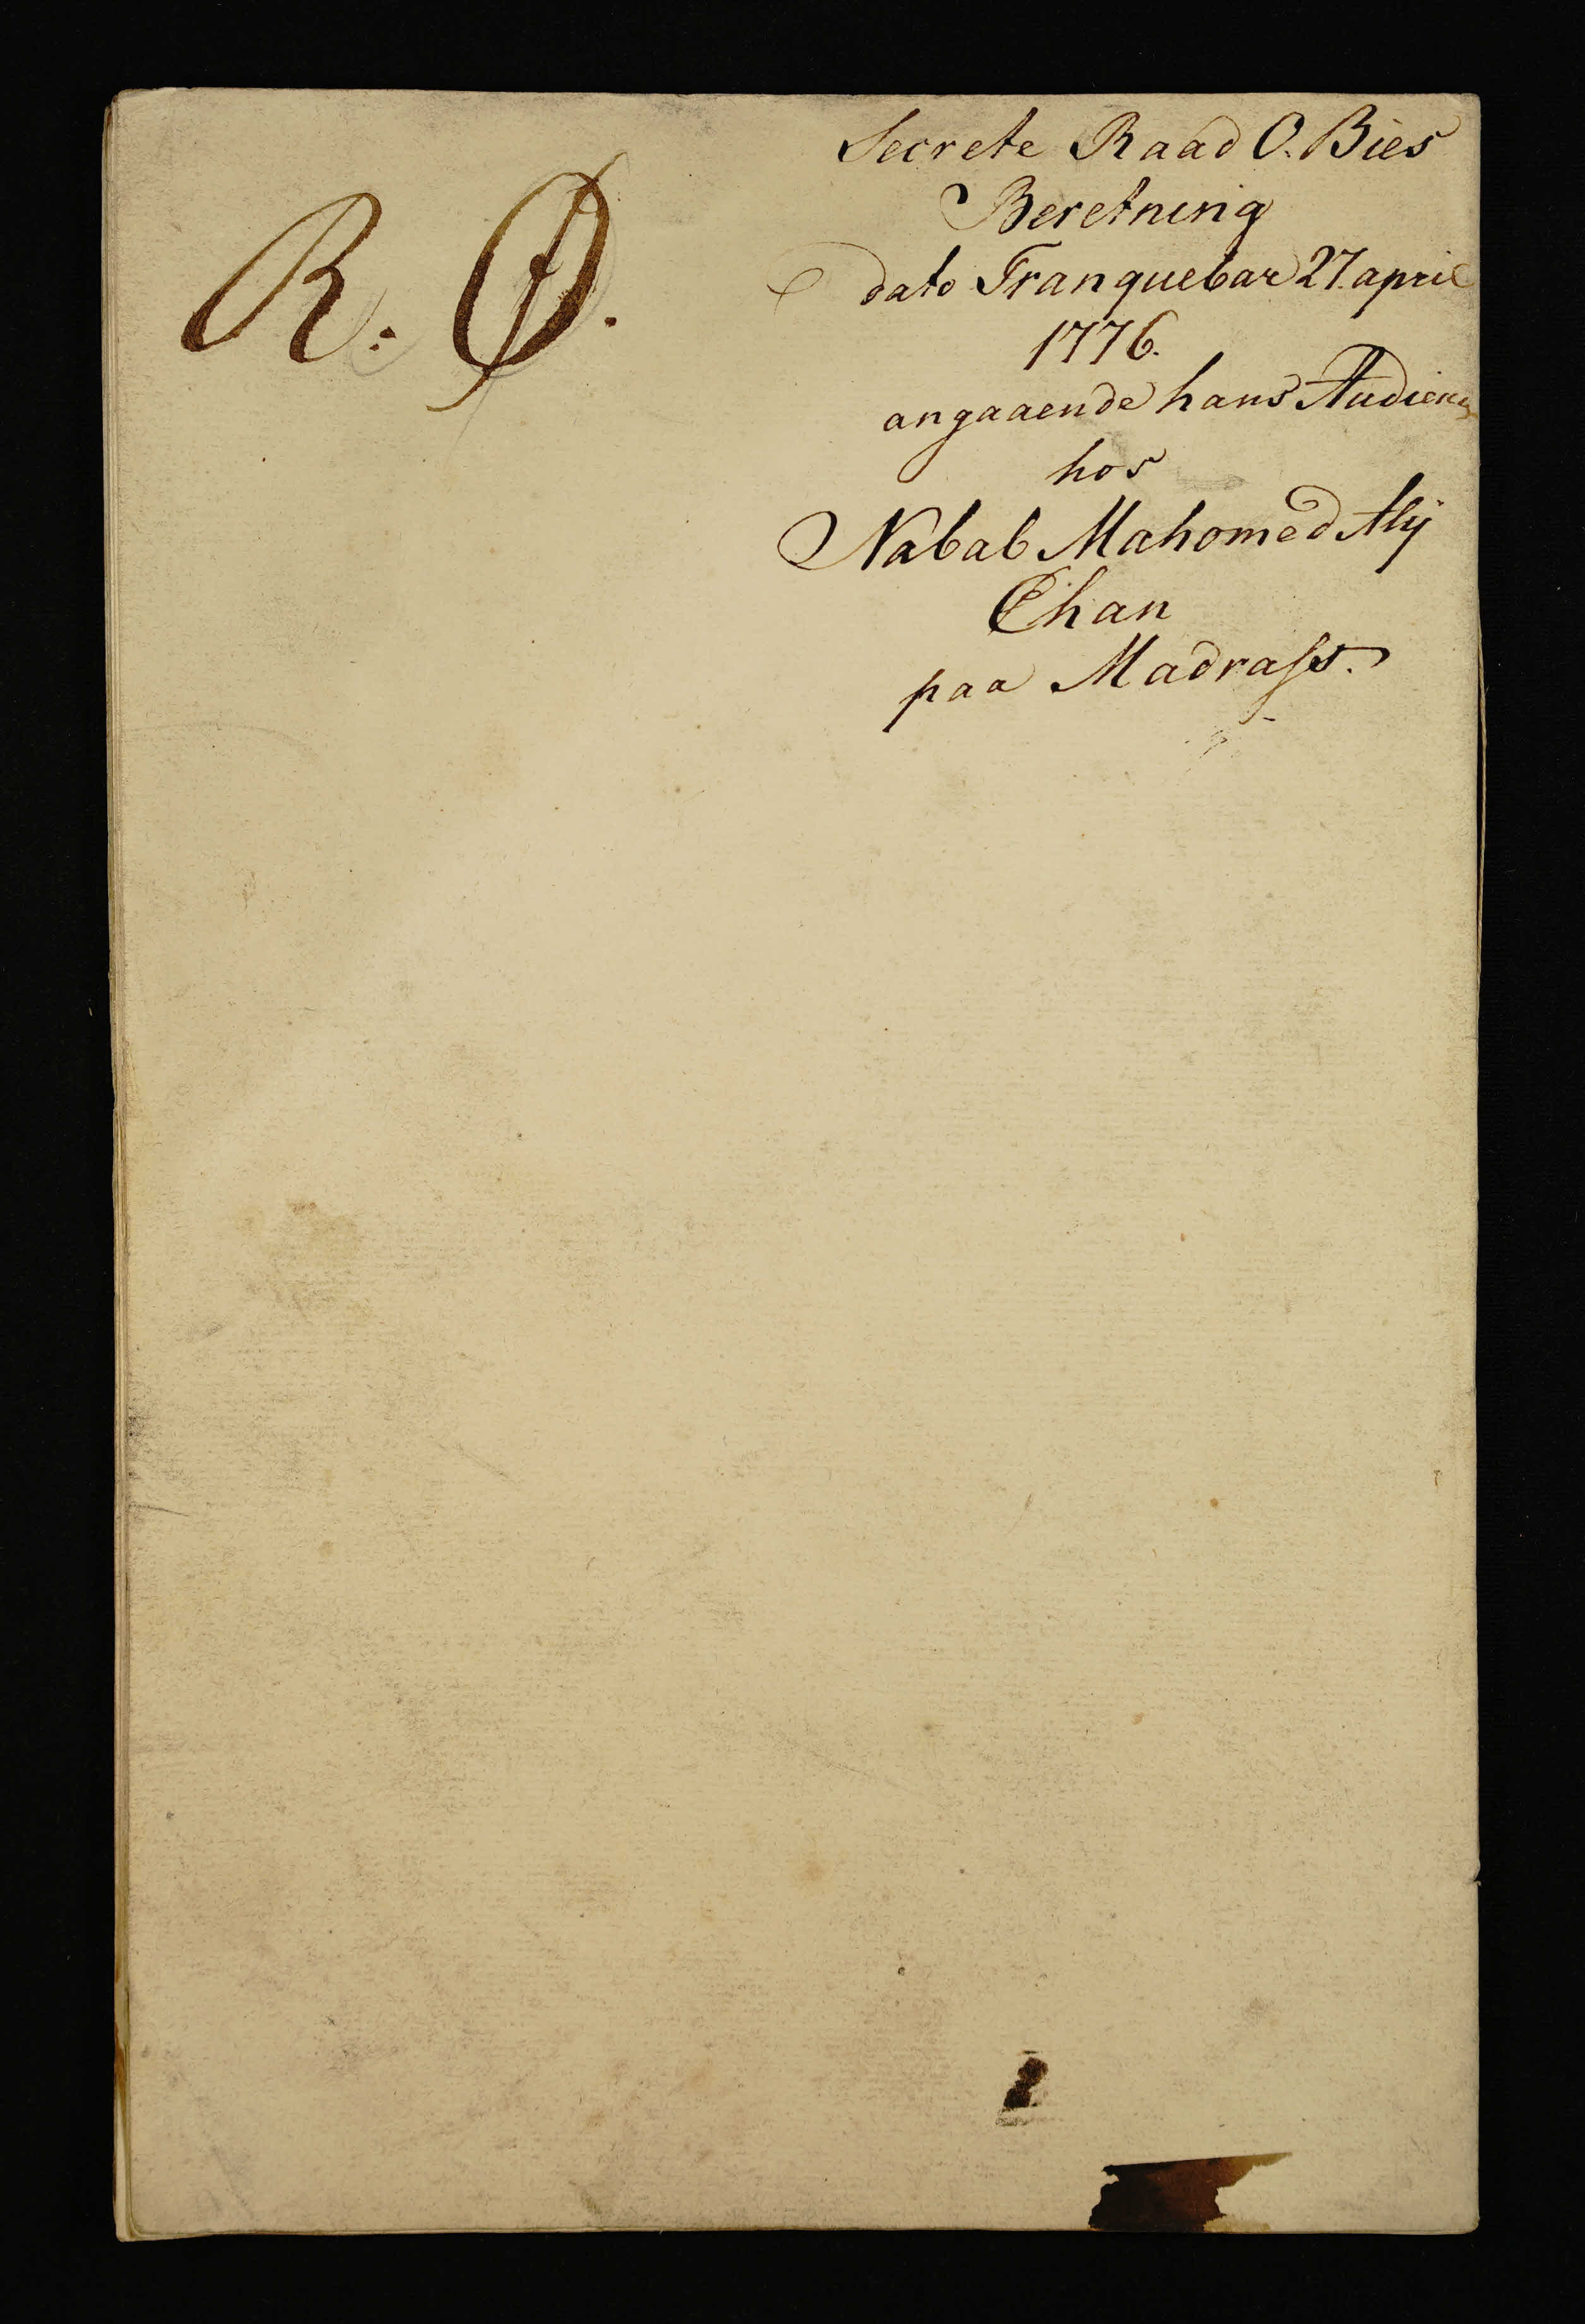
Transkription:
R: Ø.

Secrete Raad O: Bies
Beretning
dato Tranquebar 27. april
1776.
angaaende hans Audience
hos
Nabab Mahomed Aly
Chan
paa Madrass